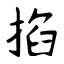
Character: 掐